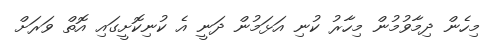
މިހެން ދިމާވުމުން މިހާރު ކުނި އަޅަމުން ދަނީ އެ ކުނިކޮށީގައި އޮތް ވަރަށް